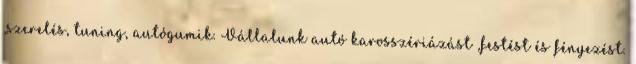
,szerelés, tuning, autógumik. Vállalunk autó karosszériázást ,festést és fényezést.